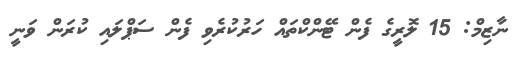
ނާޒިމް: 15 ލޮރީގެ ފެން ޓޭންކްތައް ހަރުކުރެވި ފެން ސަޕްލައި ކުރަން ވަނީ